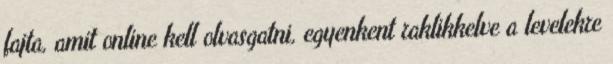
fajta, amit online kell olvasgatni, egyenkent raklikkelve a levelekre